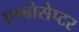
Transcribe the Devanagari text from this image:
एम्बोसेप्टर